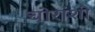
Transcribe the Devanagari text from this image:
चोरांशी